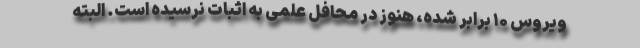
ویروس ۱۰ برابر شده، هنوز در محافل علمی به اثبات نرسیده است. البته